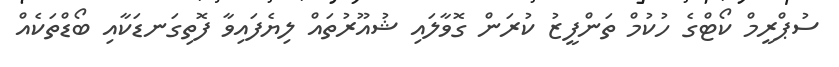
ސުޕްރީމް ކޯޓްގެ ހުކުމް ތަންފީޒު ކުރަން ގޮވާލައި ޝުއޫރުތައް ލިޔެފައިވާ ފޮތިގަނޑަކާއި ބޯޑްތަކެއް